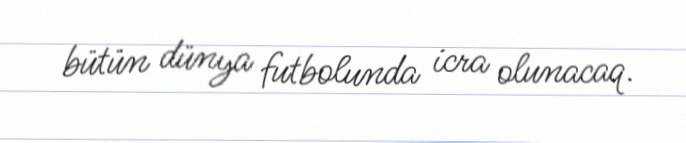
bütün dünya futbolunda icra olunacaq.